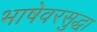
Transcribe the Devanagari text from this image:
भाषेवरसुद्धा